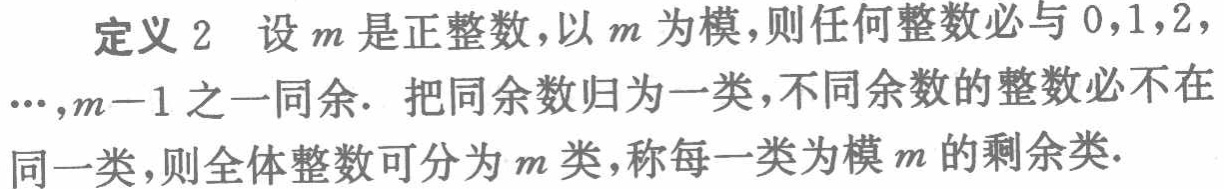
定义 2 设 \(m\) 是正整数，以 \(m\) 为模，则任何整数必与 \(0,1,2,\cdots,m - 1\) 之一同余. 把同余数归为一类，不同余数的整数必不在同一类，则全体整数可分为 \(m\) 类，称每一类为模 \(m\) 的剩余类.